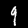
Label: 9